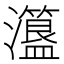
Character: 𤃾